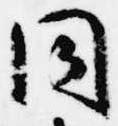
同